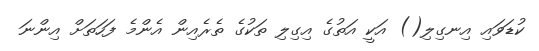
ކުޑަވައި އިނގިލި() އަކީ އަތުގެ އިގިލި ތަކުގެ ތެރެއިން އެންމެ ފަހަތަށް އިންނަ